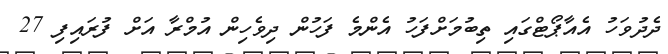
ދެދުވަހު އެއާޕޯޓްގައި ތިބުމަށްފަހު އެންމެ ފަހުން ދިވެހިން އުމްރާ އަށް ފުރައިފި 27